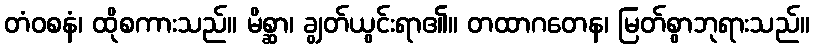
တံဝစနံ၊ ထိုစကားသည်။ မိစ္ဆာ၊ ချွတ်ယွင်းရာ၏။ တထာဂတေန၊ မြတ်စွာဘုရားသည်။